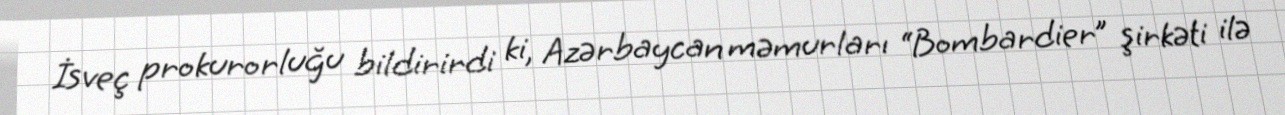
İsveç prokurorluğu bildirirdi ki, Azərbaycan məmurları “Bombardier” şirkəti ilə